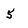
Character: 5